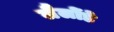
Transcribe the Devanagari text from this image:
लैलोंडे